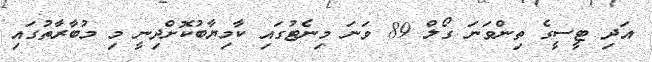
އަދި ޓީސީގެ ތިންވަނަ ގޯލް 89 ވަނަ މިނެޓުގައި ކާމިޔާބުކޮށްދިނީ މި މުބާރާތުގައި